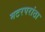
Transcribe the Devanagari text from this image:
मटरपरांठा